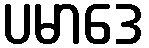
ပမာဒေ